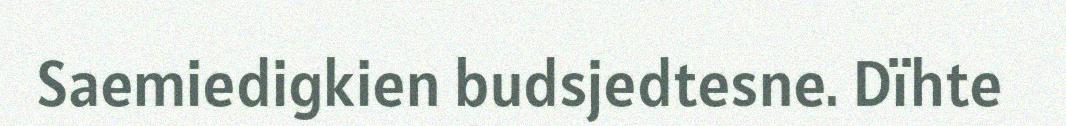
Saemiedigkien budsjedtesne. Dïhte